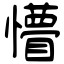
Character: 懵